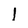
Character: l